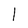
Character: 1